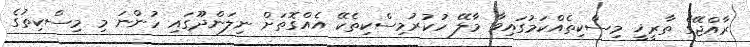
ރާއްޖޭގެ ތާރީޚީ މިސްކިތެއްކަމުގައިވާ މާލޭ ހުކުރުމިސްކިތެކޭ އެއްގޮތަށް ނިލަންދޫގައި ހުންނަ މި މިސްކިތުގެ